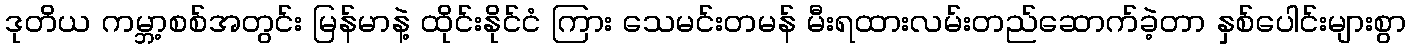
ဒုတိယ ကမ္ဘာ့စစ်အတွင်း မြန်မာနဲ့ ထိုင်းနိုင်ငံ ကြား သေမင်းတမန် မီးရထားလမ်းတည်ဆောက်ခဲ့တာ နှစ်ပေါင်းများစွာ